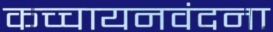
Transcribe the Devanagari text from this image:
कच्चायनवंदना